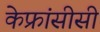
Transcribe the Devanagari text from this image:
केफ्रांसीसी